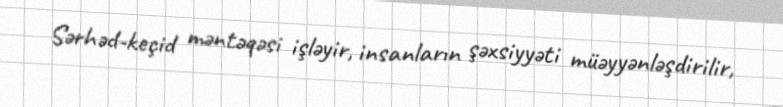
Sərhəd-keçid məntəqəsi işləyir, insanların şəxsiyyəti müəyyənləşdirilir,